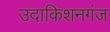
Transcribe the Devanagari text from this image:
उदाकिशनगंज